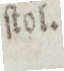
ſtol.